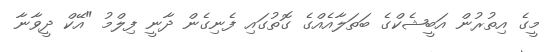
މީގެ އިތުރުން އަބީޝެކްގެ ބަތަލާއެއްގެ ގޮތުގައި ފެނިގެން ދާނީ ފިލްމު "އޭކް ދީވާނާ